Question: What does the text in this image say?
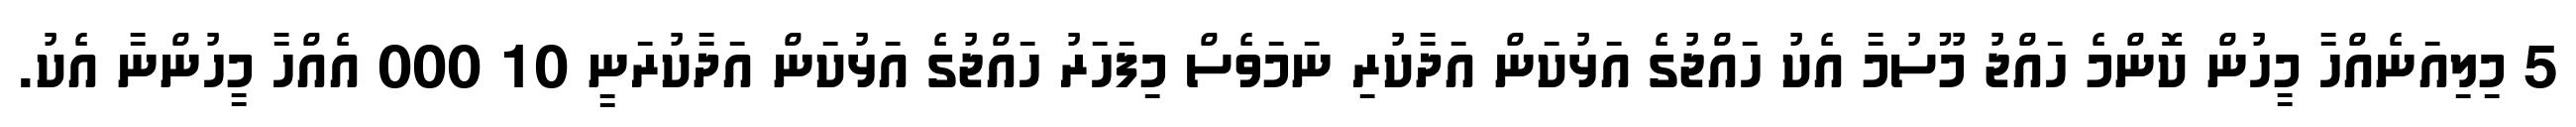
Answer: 5 މިލިއަނެއްހާ މީހުން ކޮންމެ ހައްޖު މޫސުމާ އެކު ހައްޖުގެ އަޅުކަން އަދާކުރި ނަމަވެސް މިފަހަރު ހައްޖުގެ އަޅުކަން އަދާކުރަނީ 10 000 އެއްހާ މީހުންނާ އެކު.